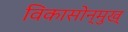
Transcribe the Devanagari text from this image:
विकासोन्मुख्